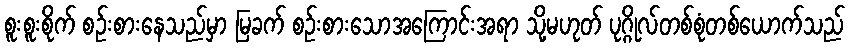
စူးစူးစိုက် စဉ်းစားနေသည်မှာ မြခက် စဉ်းစားသောအကြောင်းအရာ သို့မဟုတ် ပုဂ္ဂိုလ်တစ်စုံတစ်ယောက်သည်